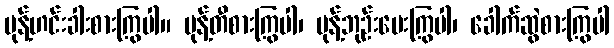
မုန့်ဟင်းခါးစားကြွပါ။ မုန့်တီစားကြွပါ၊ မုန့်ဘုဉ်းပေးကြွပါ၊ ခေါက်ဆွဲစားကြွပါ